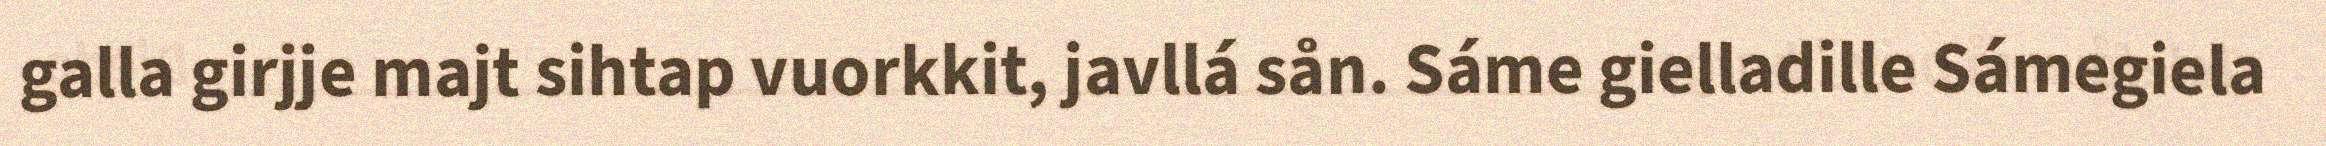
galla girjje majt sihtap vuorkkit, javllá sån. Sáme gielladille Sámegiela